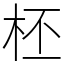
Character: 柸